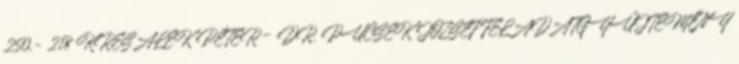
250,- 218 KRESALEK PÉTER – DR. PUCSEK JÓZSEF FELADATGYŰJTEMÉNY